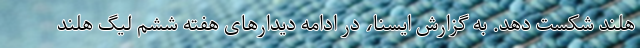
هلند شکست دهد. به گزارش ایسنا، در ادامه دیدارهای هفته ششم لیگ هلند